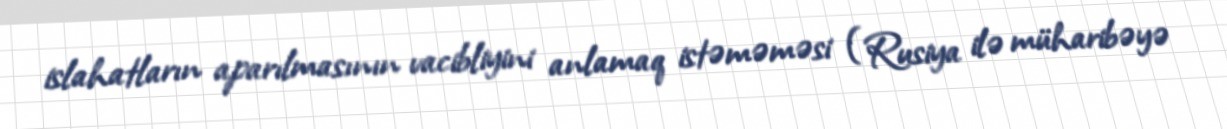
islahatların aparılmasının vacibliyini anlamaq istəməməsi (Rusiya ilə müharibəyə